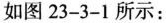
如图23-3-1所示：